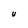
Character: U